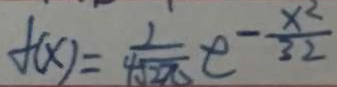
f ( x ) = \frac { 1 } { 4 \sqrt { 2 \pi } } t - \frac { x ^ { 2 } } { 3 2 }